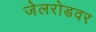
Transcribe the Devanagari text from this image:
जेलरोडवर